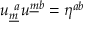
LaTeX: u _ { \underline { { { m } } } } ^ { ~ a } u ^ { \underline { { { m } } } b } = \eta ^ { a b } \qquad